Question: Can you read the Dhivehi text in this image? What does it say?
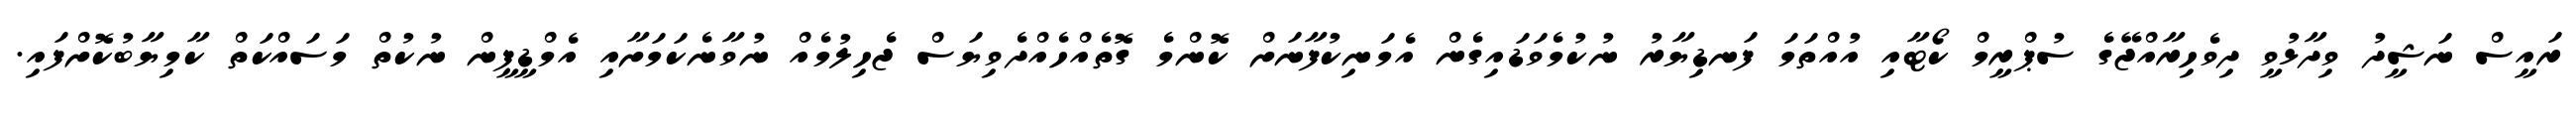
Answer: ރައީސް ނަޝީދު ވިދާޅުވީ ދިވެހިރާއްޖޭގެ ސުޕްރީމް ކޯޓާއި އުއްތަމަ ފަނޑިޔާރު ނުކުމެވަޑައިގެން އެމަނިކުފާނަށް ކޮންމެ ގޮތެއްހެއްދެވިޔަސް ޖެހިލުމެއް ނުވާނެކަމަށާއި އެމްޑީޕީން ނުކުތް މަސައްކަތް ކާމިޔާބުކޮށްފައި.